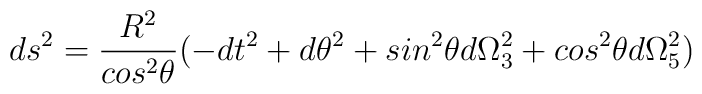
ds^2=\frac{R^2}{cos^2 \theta}(-dt^2 +d\theta^2 +sin^2\theta d\Omega_3^2+cos^2\theta d\Omega_5^2)